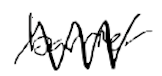
Text: barrier
Cross-out: mix
Writing tool: digital_black